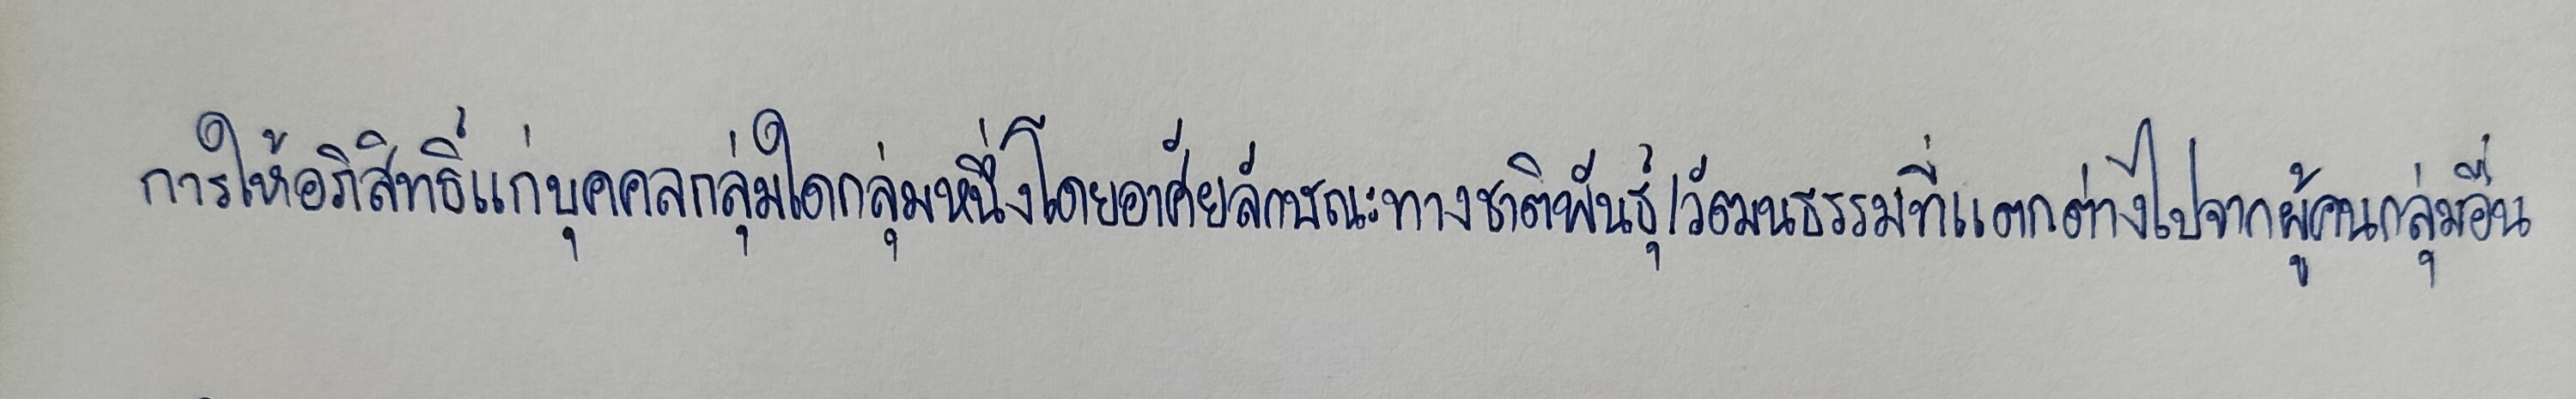
การให้อภิสิทธิ์แก่บุคคลกลุ่มใดกลุ่มหนึ่งโดยอาศัยลักษณะทางชาติพันธุ์/วัฒนธรรมที่แตกต่างไปจากผู้คนกลุ่มอื่น